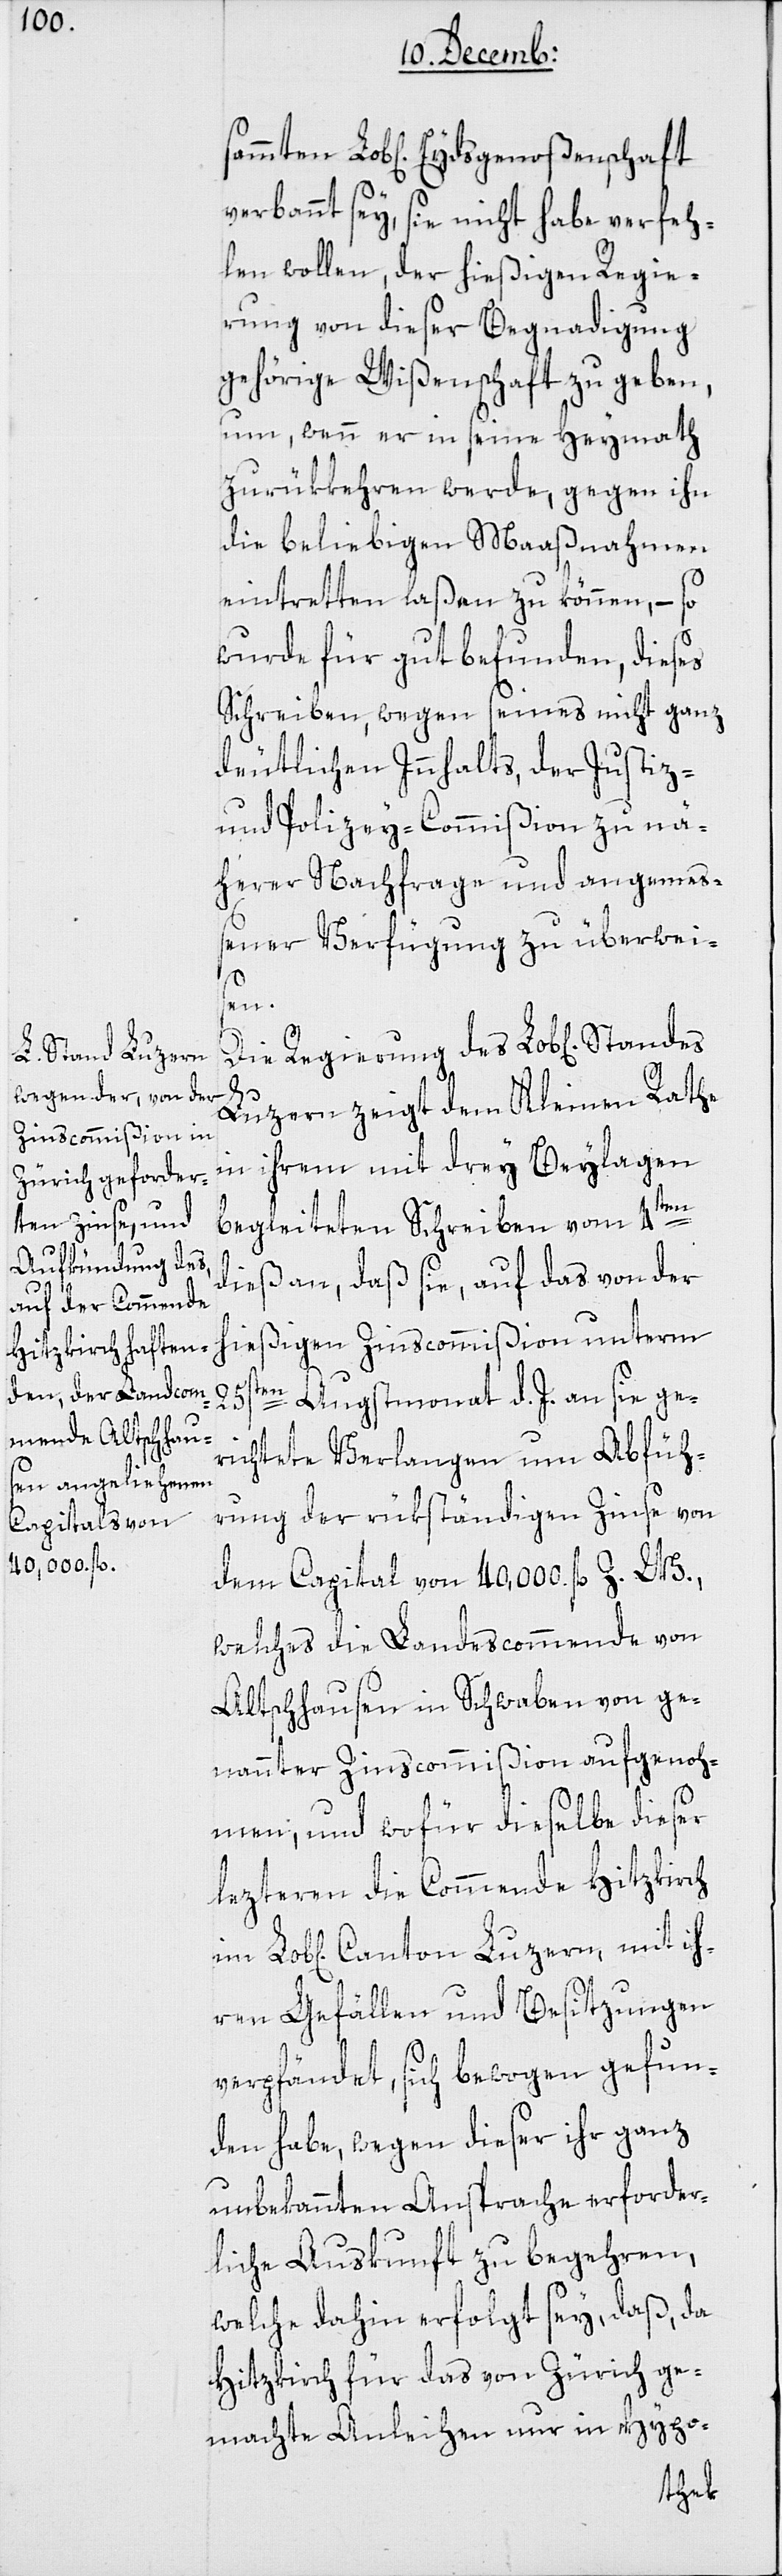
verbannt sey, sie nicht habe verfeh¬
len wollen, der hießigen Regie¬
rung von dieser Begnadigung
gehörige Wißenschaft zu geben,
um, wenn er in seine Heymath
zurükkehren werde, gegen ihn
die beliebigen Maaßnahmen
eintretten laßen zu können, – so
wurde für gut befunden, dieses
Schreiben, wegen seines nicht ganz
deutlichen Innhalts, der Justiz-
und Polizey-Commißion zu nä¬
herer Nachfrage und angemeß¬
ener Verfügung zu überwei¬
sen.
Die Regierung des Lob[lichen]
Luzern zeigt dem Kleinen Rathe
in ihrem mit drey Beylagen
begleiteten Schreiben vom 4ten
dieß an, daß sie auf das von der
hießigen Zinscommißion unterm
25sten Augstmonat d. J. an sie ge¬
richtete Verlangen um Abfüh¬
rung der rükständigen Zinse von
dem Capital von 40,000 fl. Z. W.,
welches die Landescommende von
Altschhausen in Schwaben von ge¬
nannter Zinscommißion aufgenoh¬
men; und wofür dieselbe dieser
lezteren die Commende Hitzkirch
ren Gefällen und Besitzungen
verpfändet, sich bewogen gefun¬
den habe, wegen dieser ihr ganz
unbekannten Ansprache erforder¬
liche Auskunft zu begehren,
welche dahin erfolgt sey, daß, da
Hitzkirch für das von Zürich ge¬
machte Anleihen nur in Hypo-
ih¬